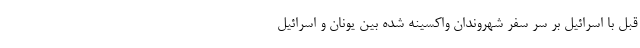
قبل با اسرائیل بر سر سفر شهروندان واکسینه شده بین یونان و اسرائیل